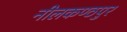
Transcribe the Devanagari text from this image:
नीलकण्ठपुर